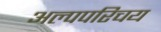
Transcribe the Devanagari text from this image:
अल्पपरिचय